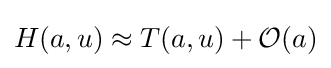
H(a,u)\approx T(a,u)+{\mathcal {O}}(a)